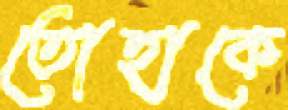
তোহাকে